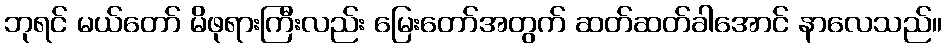
ဘုရင် မယ်တော် မိဖုရားကြီးလည်း မြေးတော်အတွက် ဆတ်ဆတ်ခါအောင် နာလေသည်။